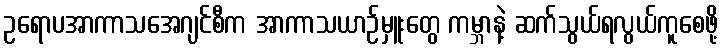
ဥရောပအာကာသအေဂျင်စီက အာကာသယာဉ်မှူးတွေ ကမ္ဘာနဲ့ ဆက်သွယ်ရလွယ်ကူစေဖို့